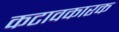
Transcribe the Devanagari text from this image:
कटावकारक